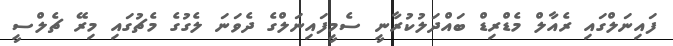
ފައިނަލްގައި ރެއާލް މެޑްރިޑް ބައްދަލުކުރާނީ ސެމީފައިނަލްގެ ދެވަނަ ލެގުގެ މެޗުގައި މިރޭ ޗެލްސީ